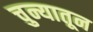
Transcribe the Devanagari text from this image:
चुन्यातून